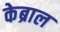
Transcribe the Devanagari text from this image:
केब्राल